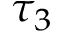
\tau _ { 3 }